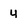
Character: 4